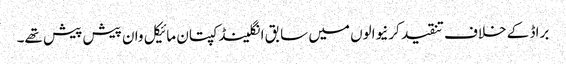
براڈ کے خلاف تنقید کرنیوالوں میں سابق انگلینڈ کپتان مائیکل وان پیش پیش تھے۔